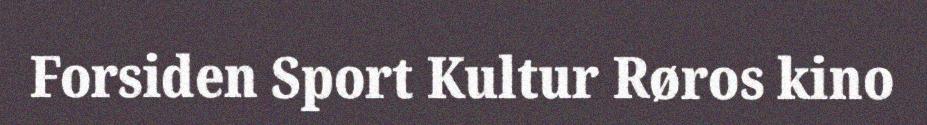
Forsiden Sport Kultur Røros kino